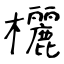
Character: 欐